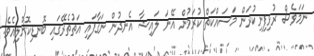
ނަމަވެސް ރުޅިފިނިކުރަން މަސައްކަތް ކުރަމުން އޭނަ ލައިޝާ އެނދުން ނަގާފައި އަތުތެރޭގައި ބޮނޑިކޮށްލިއެވެ.